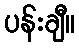
ပန်းချီ။